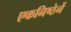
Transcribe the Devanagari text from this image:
एकनिष्ठेनें